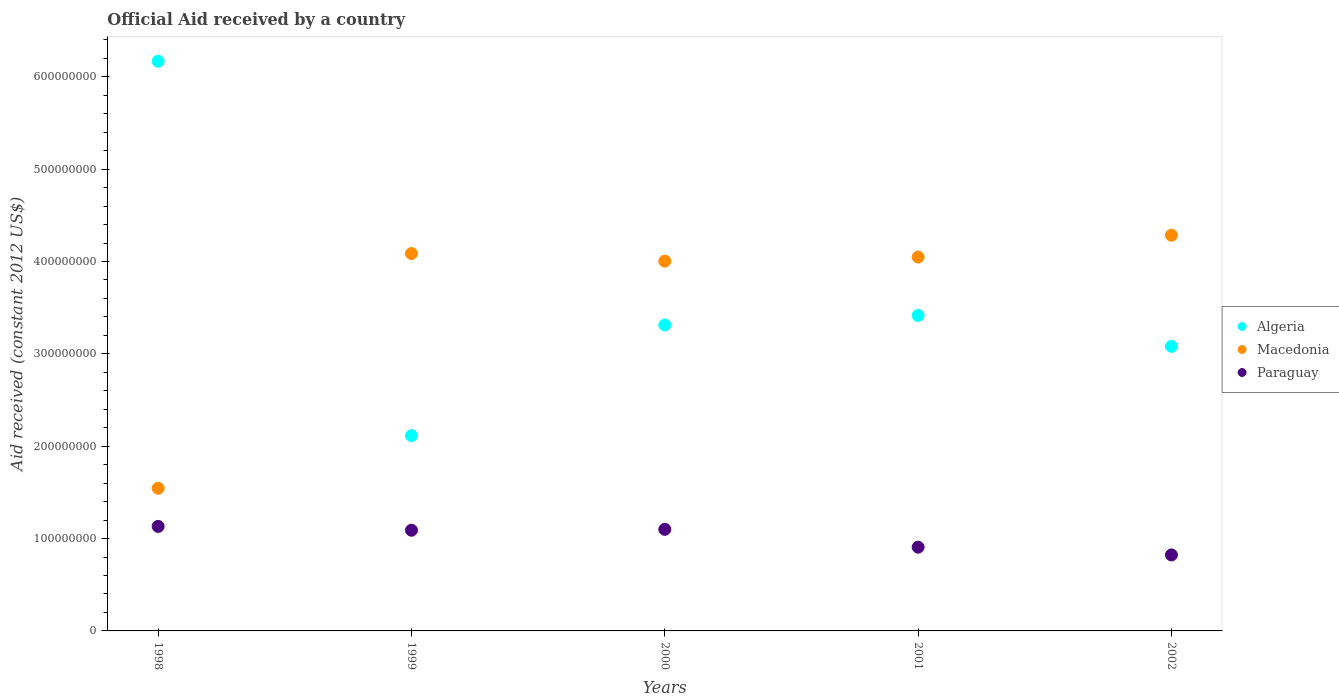
| Years | Algeria | Macedonia | Paraguay |
 | --- | --- | --- | --- |
 | 1998 | 6.17e+08 | 1.54e+08 | 1.13e+08 |
 | 1999 | 2.11e+08 | 4.09e+08 | 1.09e+08 |
 | 2000 | 3.31e+08 | 4e+08 | 1.1e+08 |
 | 2001 | 3.42e+08 | 4.05e+08 | 9.07e+07 |
 | 2002 | 3.08e+08 | 4.28e+08 | 8.23e+07 |